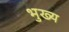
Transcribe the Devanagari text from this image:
भुख्य